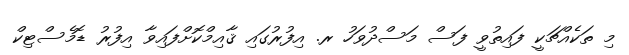
މި ތަކެއްޗަކީ ފައިތުވީ ފަސް މަސްދުވަހު ރ. އިފުރުގައި ޤާއިމްކޮށްފައިވާ އިފުރު ޑޮމެސްޓިކް